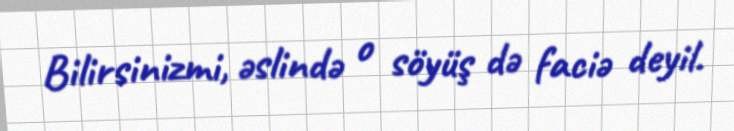
Bilirsinizmi, əslində o söyüş də faciə deyil.